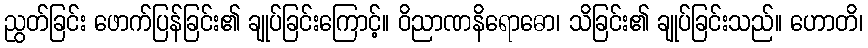
ညွတ်ခြင်း ဖောက်ပြန်ခြင်း၏ ချုပ်ခြင်းကြောင့်။ ဝိညာဏနိရောဓော၊ သိခြင်း၏ ချုပ်ခြင်းသည်။ ဟောတိ၊